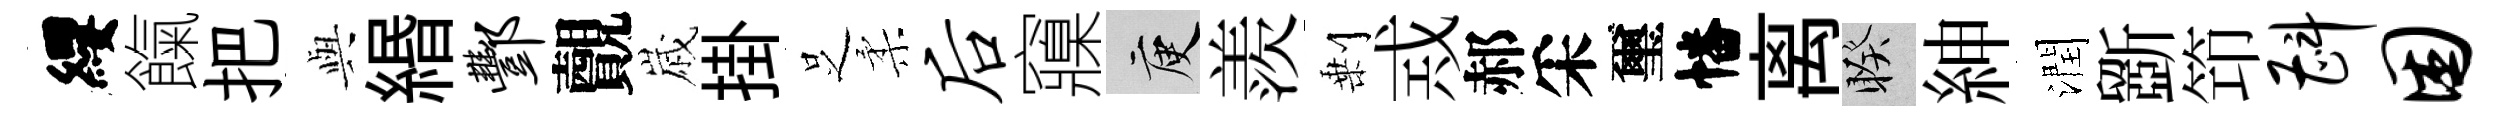
纓餼把𫤰緡酆覿𡻕掛𠯁柔後䆿庾羨剰𢦶郝采璽幡离睽紳潤斵笻斟困